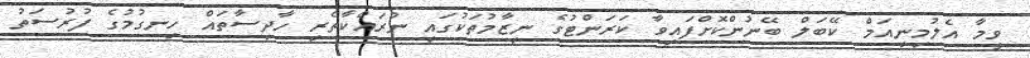
ވީމާ އެލުމިނިއަމް ކޭބަލް ބޭނުންކޮށްފައިވާ ކަރަންޓުގެ ނިޒާމުތަކުގައި ނުރައްކާތެރި ހާދިސާތައް ހިނގުމުގެ ފުރުސަތު